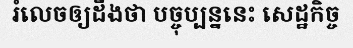
រំលេចឲ្យដឹងថា បច្ចុប្បន្ននេះ សេដ្ឋកិច្ច